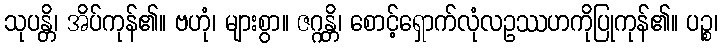
သုပန္တိ၊ အိပ်ကုန်၏။ ဗဟုံ၊ များစွာ။ ဇဂ္ဂန္တိ၊ စောင့်ရှောက်လုံလဥဿဟကိုပြုကုန်၏။ ပဉ္စ၊